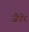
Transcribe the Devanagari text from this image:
ज़ैडेर